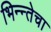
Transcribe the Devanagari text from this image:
भिन्न्तेचा